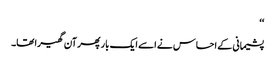
‘‘
پشیمانی کے احساس نے اسے ایک بار پھر آن گھیرا تھا۔